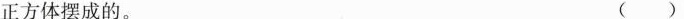
正方体摆成的。( )